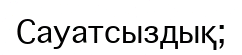
Сауатсыздық;